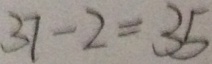
3 7 - 2 = 3 5